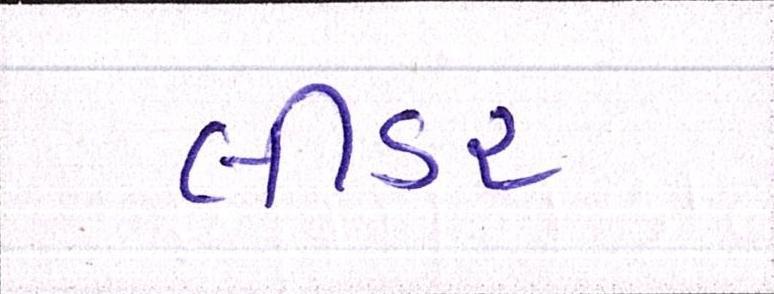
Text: લીડર